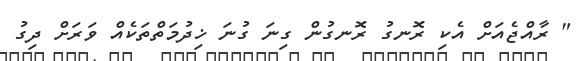
" ރާއްޖެއަށް އެކި ރޮނގު ރޮނގުން ގިނަ ގުނަ ޚިދުމަތްތަކެއް ވަރަށް ދިގު